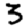
Digit: 3